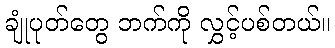
ချုံပုတ်တွေ ဘက်ကို လွှင့်ပစ်တယ်။